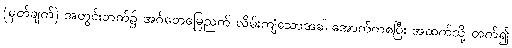
(မှတ်ချက်) အတွင်းဘက်၌ အင်္ဂတေမြေညက် လိမ်းကျံသောအခါ အောက်ကစပြီး အထက်သို့ တက်၍